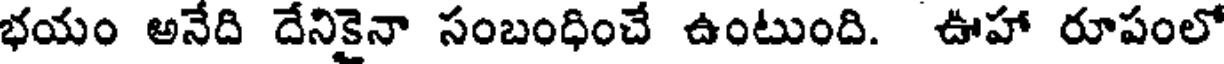
భయం అనేది దేనికైనా సంబంధించే ఉంటుంది. ఊహా రూపంలో